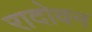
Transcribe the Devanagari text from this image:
रादोवन